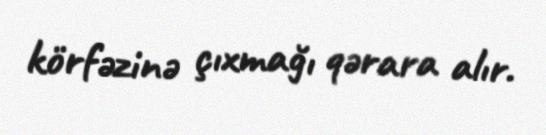
körfəzinə çıxmağı qərara alır.